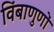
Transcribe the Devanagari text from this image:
विंबाणुणों